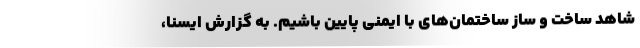
شاهد ساخت و ساز ساختمان‌های با ایمنی پایین باشیم. به گزارش ایسنا،